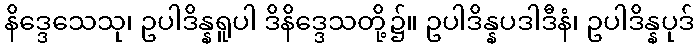
နိဒ္ဒေသေသု၊ ဥပါဒိန္နရူပါ ဒိနိဒ္ဒေသတို့၌။ ဥပါဒိန္နပဒါဒီနံ၊ ဥပါဒိန္နပုဒ်